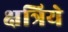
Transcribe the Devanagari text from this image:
क्षत्रिये